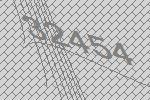
32454